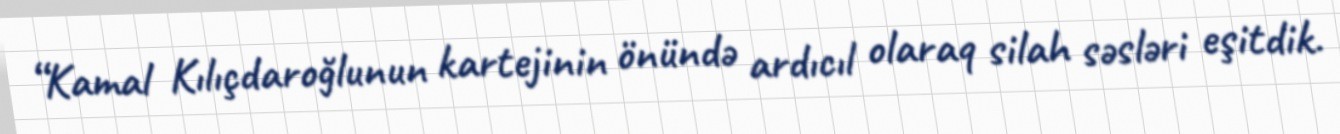
“Kamal Kılıçdaroğlunun kartejinin önündə ardıcıl olaraq silah səsləri eşitdik.